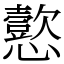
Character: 𫻚